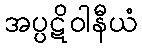
အပ္ပဋိဝါနီယံ